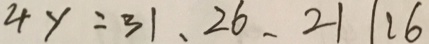
4 y = 3 1 , 2 6 , 2 1 1 2 6